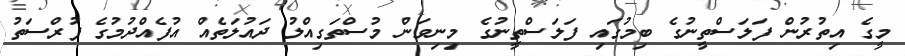
މީގެ އިތުރުން ފަލަސްތީނުގެ ބިމުގައި ފަލަސްތީނުގެ މިނިވަން މުސްތަގިއްލު ދައުލަތެއް އުފެއްދުމުގެ ފުރްސަތު